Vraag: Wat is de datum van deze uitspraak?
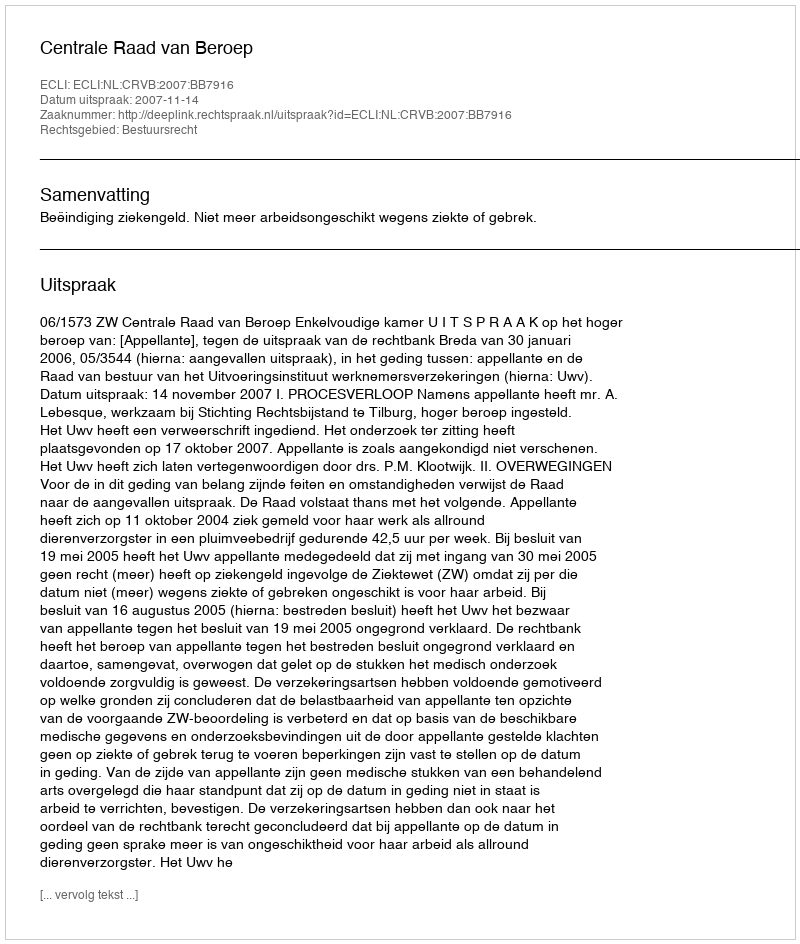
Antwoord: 2007-11-14